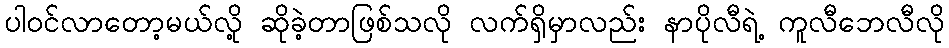
ပါဝင်လာတော့မယ်လို့ ဆိုခဲ့တာဖြစ်သလို လက်ရှိမှာလည်း နာပိုလီရဲ့ ကူလီဘေလီလို